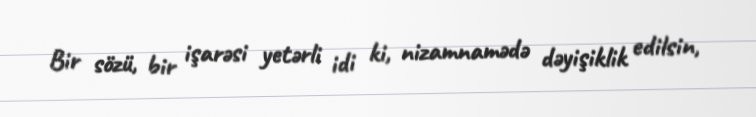
Bir sözü, bir işarəsi yetərli idi ki, nizamnamədə dəyişiklik edilsin,